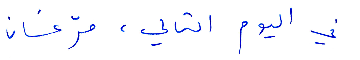
في اليوم التالي، مرّ غسان